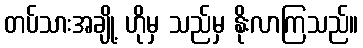
တပ်သားအချို့ ဟိုမှ သည်မှ နိုးလာကြသည်။